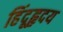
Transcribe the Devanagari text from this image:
हिंदूहृदय